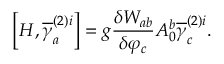
\left[ H , \overline { { { \gamma } } } _ { a } ^ { ( 2 ) i } \right] = g \frac { \delta W _ { a b } } { \delta \varphi _ { c } } A _ { 0 } ^ { b } \overline { { { \gamma } } } _ { c } ^ { ( 2 ) i } .